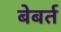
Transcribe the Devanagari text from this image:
बेबर्त